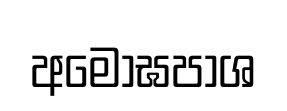
අමෝඝපාශ